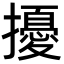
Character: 擾